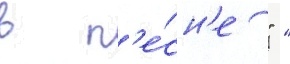
в п'е́сн'е " "